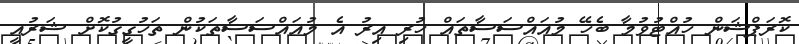
ކޮރަޕްޝަން ހުއްޓުވުމާ ބެހޭ މުއައްސަސާތައް ހުރި އިރު އެ މުއައްސަސާތަކުން ތަހުގީގުކޮށް ޝަރުއީ